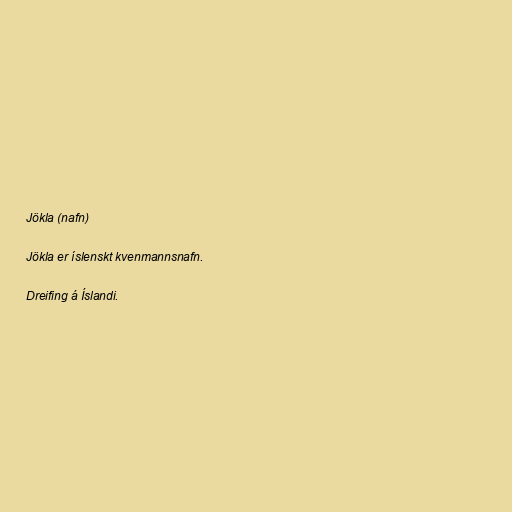
Jökla (nafn)

Jökla er íslenskt kvenmannsnafn.

Dreifing á Íslandi.